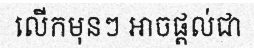
លើកមុនៗ អាចផ្តល់ជា